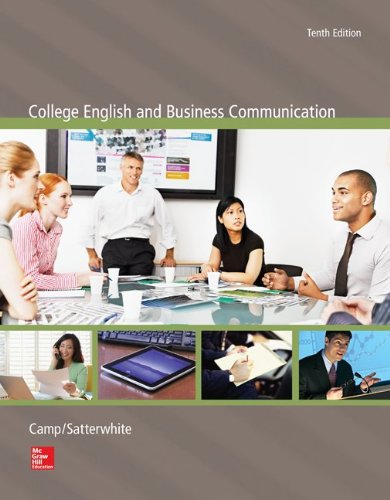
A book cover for College English and Business Communication; Sue Camp; Business & Money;